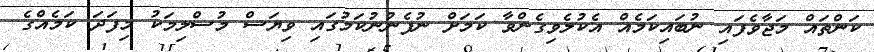
ކަންތައް މަޖާވެފައި ނުބައިކަމެއް އެކުލެވިގެންވާ ކަމަށް ނުފެނުނުކަމުގައި ވިޔަސް މުސްލިމަކު މިފަދަ ކަމެއްގެ